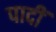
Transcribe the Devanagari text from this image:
पादीं